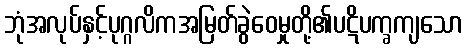
ဘုံအလုပ်နှင့်ပုဂ္ဂလိကအမြတ်ခွဲဝေမှုတို့၏ပဋိပက္ခကျသော